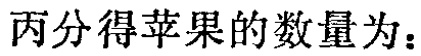
丙分得苹果的数量为：